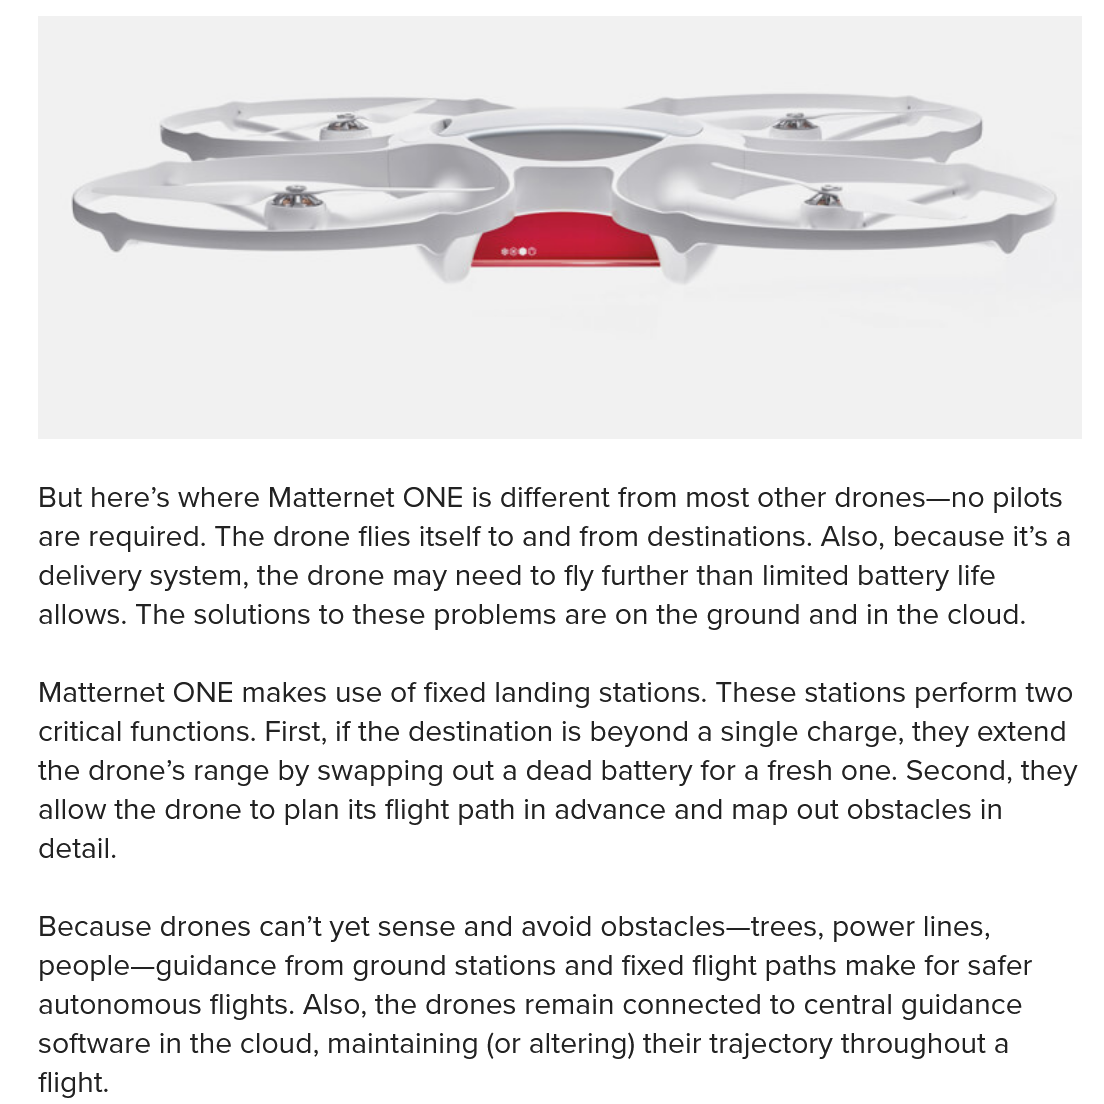
ee
    oe
     eS
     i    —~
     =
     |
     =
   But here’s where Matternet ONE is different from most other drones—no pilots
   are required. The drone flies itself to and from destinations. Also, because it’s a
   delivery system, the drone may need to fly further than limited battery life
   allows. The solutions to these problems are on the ground and in the cloud.
   Matternet ONE  makes use of fixed landing stations. These stations perform two
   critical functions. First, if the destination is beyond a single charge, they extend
   the drone’s range by swapping out a dead battery for a fresh one. Second, they
   allow the drone to plan its flight path in advance and map out obstacles in
   detail.
   Because  drones can’t yet sense and avoid obstacles—trees, power lines,
   people—guidance  from ground stations and fixed flight paths make for safer
   autonomous flights. Also, the drones remain connected to central guidance
   software in the cloud, maintaining (or altering) their trajectory throughout a
   flight.